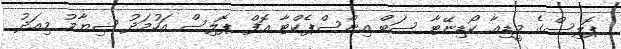
ޕޮލިސްގެ މީޑިއާ ކޯޑިނޭޓާ ސަބް އިންސްޕެކްޓާ އޮފް ޕޮލިސް އަހުމަދު ޝިޔާމު މިއަދު